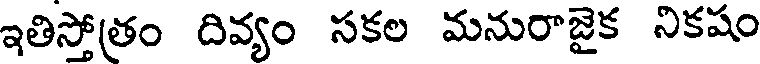
ఇతిస్తోత్రం దివ్యం సకల మనురాజైక నికషం